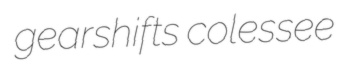
gearshifts colessee